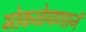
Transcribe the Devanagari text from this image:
मोकळेपणानं